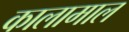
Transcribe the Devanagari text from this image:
कालामाल